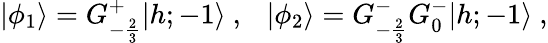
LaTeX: \vert\phi_{1}\rangle=G_{-{\frac{2}{3}}}^{+}\vert{h;-1}\rangle{}~,{}~{}~{}~\vert\phi_{2}\rangle=G_{-{\frac{2}{3}}}^{-}G_{0}^{-}\vert{h;-1}\rangle{}~,